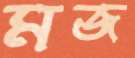
মজ